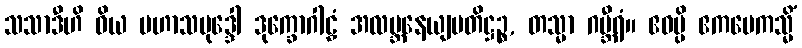
သသာဒီဟိ ဝိယ မဟာသမုဒ္ဒေါ ဒုက္ခောဂါဠှံ အလဗ္ဘနေယျပတိဋ္ဌဉ္စ, တသ္မာ ဂမ္ဘီရံ။ ဧဝမ္ပိ ဧကမေကသ္မိံ